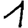
Digit: 1